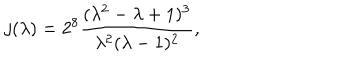
LaTeX: j ( \lambda ) = 2 ^ { 8 } \frac { ( \lambda ^ { 2 } - \lambda + 1 ) ^ { 3 } } { \lambda ^ { 2 } ( \lambda - 1 ) ^ { 2 } } ,